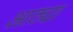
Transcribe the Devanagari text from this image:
आठ्या